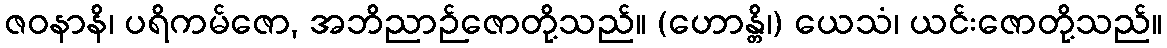
ဇဝနာနိ၊ ပရိကမ်ဇော, အဘိညာဉ်ဇောတို့သည်။ (ဟောန္တိ၊) ယေသံ၊ ယင်းဇောတို့သည်။